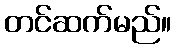
တင်ဆက်မည်။